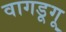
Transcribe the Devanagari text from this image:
वागडूगू